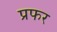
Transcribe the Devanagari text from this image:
प्रफर